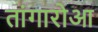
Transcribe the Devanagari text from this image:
तांगारोआ